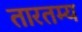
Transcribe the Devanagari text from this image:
तारतम्‍य